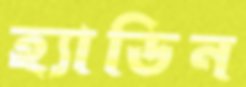
হ্যাডিন